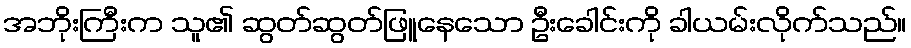
အဘိုးကြီးက သူ၏ ဆွတ်ဆွတ်ဖြူနေသော ဦးခေါင်းကို ခါယမ်းလိုက်သည်။